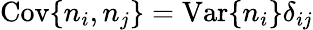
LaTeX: \mathrm{Cov}\{ n_{i},n_{j}\} =\mathrm{Var}\{ n_{i}\} \delta_{ij}